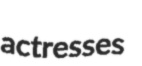
actresses